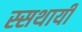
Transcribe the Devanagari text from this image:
स्सथायी